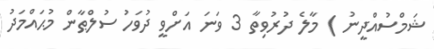
ޝަމްސުއްދީނު ) މާލެ ދުރުވިތާ 3 ވަނަ އަށްވީ ދުވަހު ސުލްޠާން މުޙައްމަދު